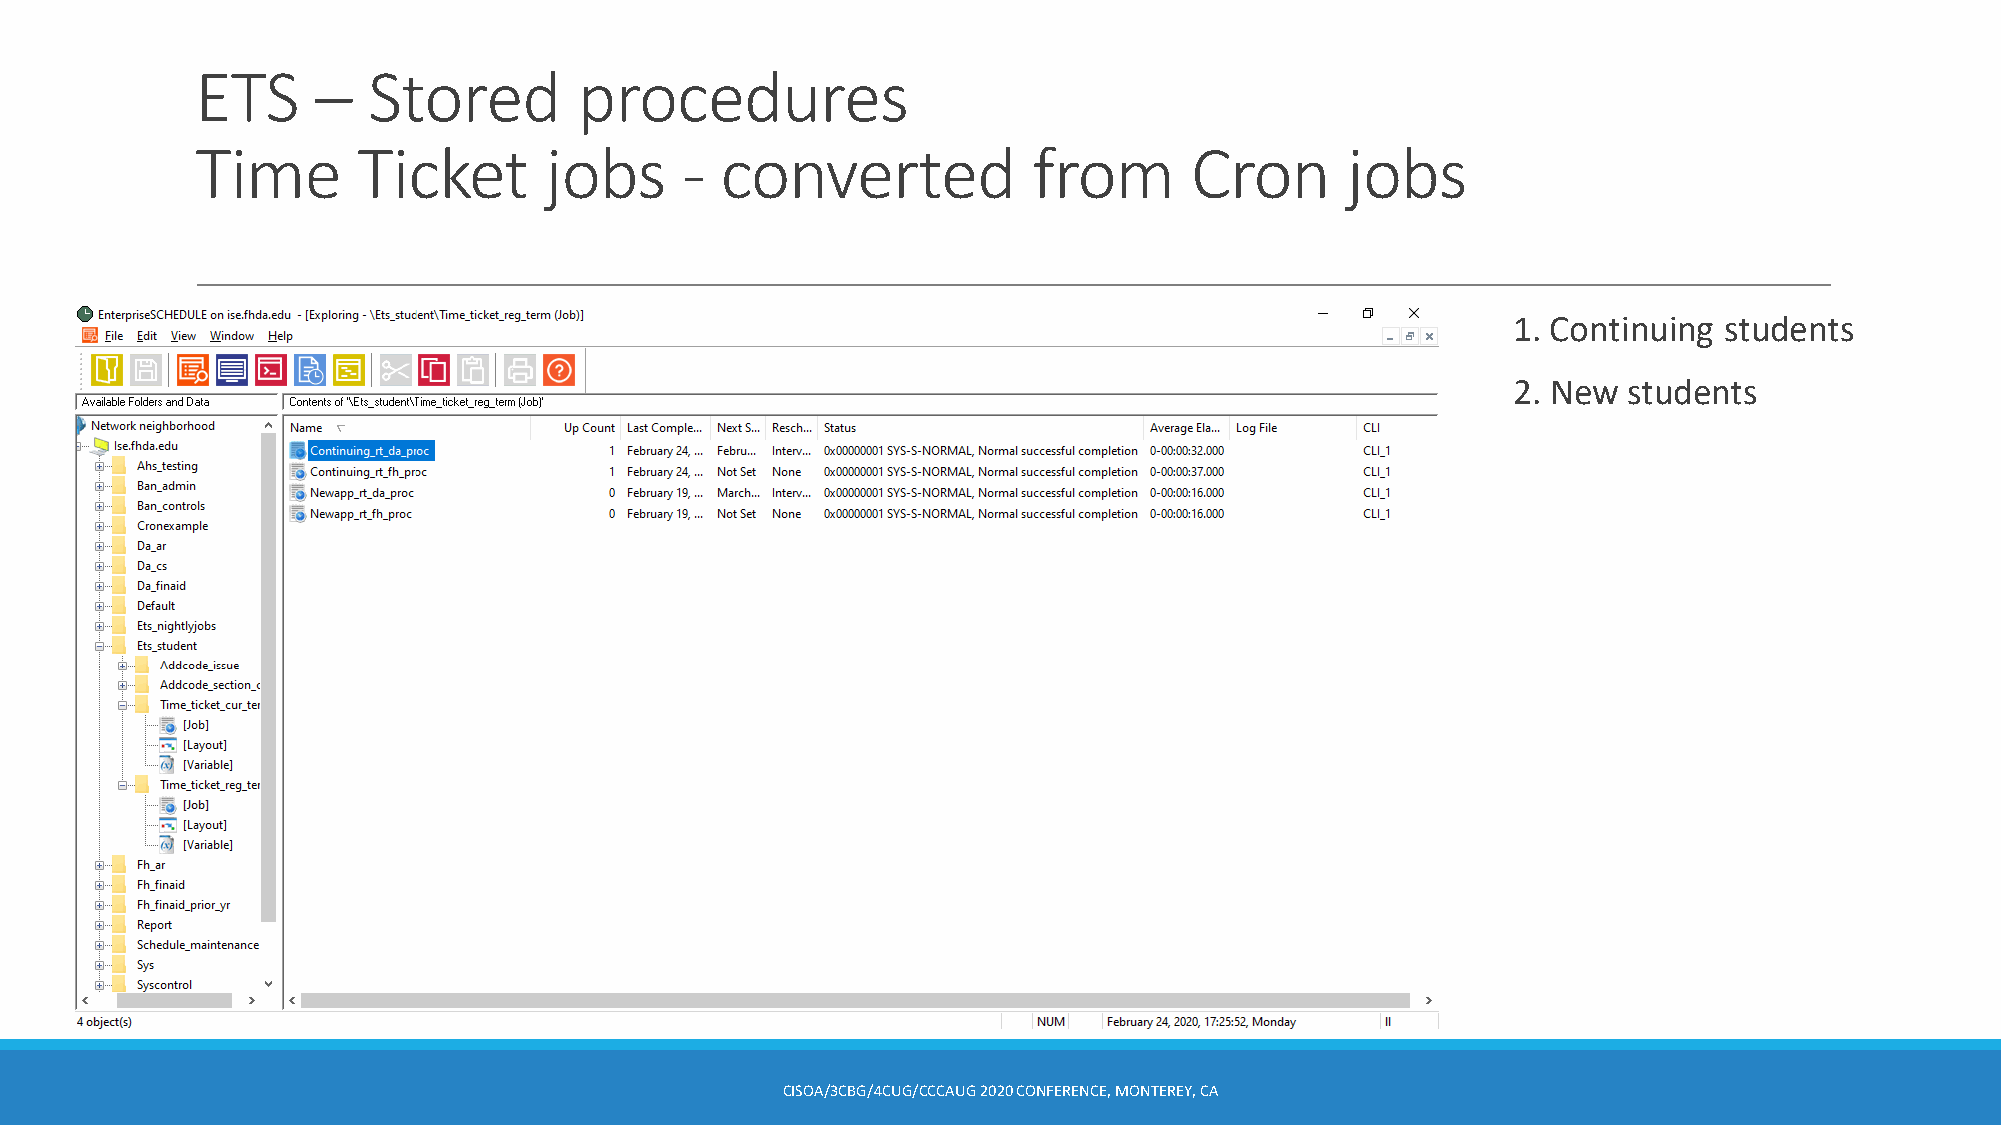
ETS     –  Stored        procedures
 Time       Ticket      jobs     -  converted           from       Cron      jobs
 1. Continuing students
 2. New  students
 CISOA/3CBG/4CUG/CCCAUG2020 CONFERENCE, MONTEREY, CA